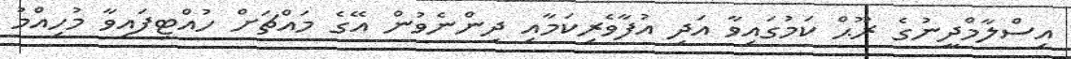
އިސްލާމްދީނުގެ ރޫޙް ކަމުގައިވާ އަދި އުފާވެރިކަމާއި ދިންނެވުން އޭގެ މައްޗަށް ހުއްޓިފައިވާ މުހިއްމު